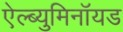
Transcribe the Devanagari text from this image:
ऐल्ब्युमिनॉयड